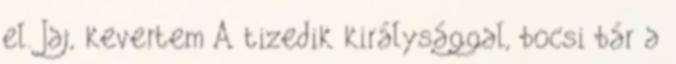
el. Jaj, kevertem A tizedik királysággal, bocsi bár a